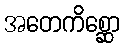
အတေကိစ္ဆော